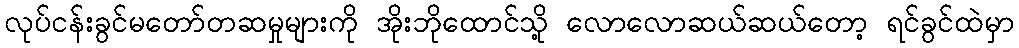
လုပ်ငန်းခွင်မတော်တဆမှုများကို အိုးဘိုထောင်သို့ လောလောဆယ်ဆယ်တော့ ရင်ခွင်ထဲမှာ